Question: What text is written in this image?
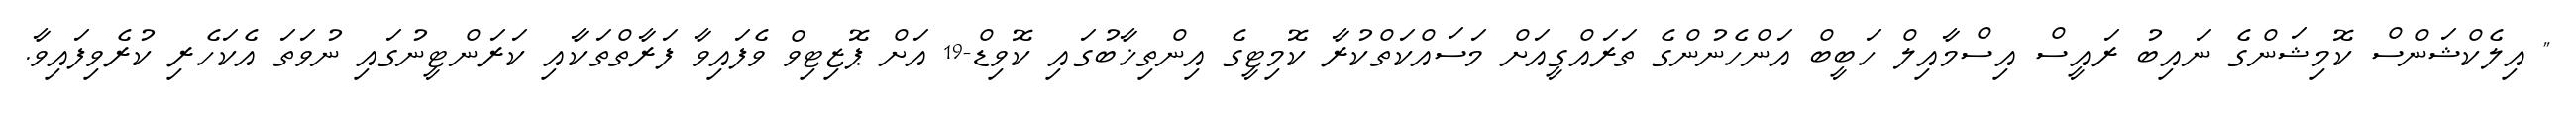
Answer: " އިލެކްޝަންސް ކޮމިޝަންގެ ނައިބު ރައީސް އިސްމާއިލް ހަބީބް އަންހެނުންގެ ތަރައްގީއަށް މަސައްކަތްކުރާ ކޮމިޓީގެ އިންތިޚާބުގައި ކޮވިޑް-19 އަށް ޕޮޒިޓިވް ވެފައިވާ ފަރާތްތަކާއި ކަރަންޓީނުގައި ނުވަތަ އެކަހެރި ކުރެވިފައިވާ.